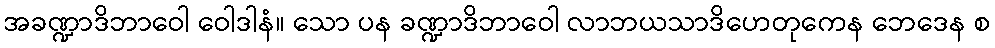
အခဏ္ဍာဒိဘာဝေါ ဝေါဒါနံ။ သော ပန ခဏ္ဍာဒိဘာဝေါ လာဘယသာဒိဟေတုကေန ဘေဒေန စ